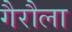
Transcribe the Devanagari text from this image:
गैरौला